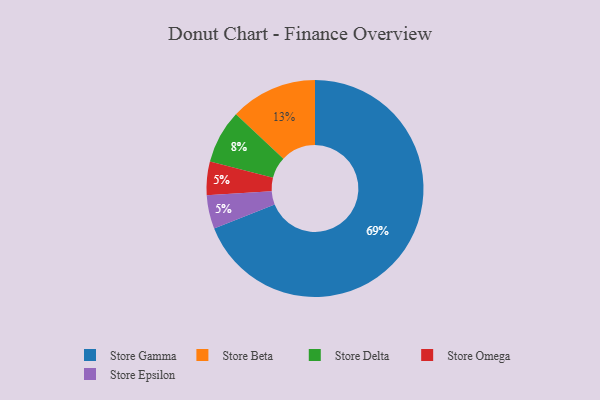
{"axis": {"x": "Category", "y": "Percentage"}, "legend": ["Store Beta", "Store Delta", "Store Epsilon", "Store Gamma", "Store Omega"], "data": [{"x": "Store Delta", "y": 8, "type": "Store Delta"}, {"x": "Store Gamma", "y": 69, "type": "Store Gamma"}, {"x": "Store Omega", "y": 5, "type": "Store Omega"}, {"x": "Store Beta", "y": 13, "type": "Store Beta"}, {"x": "Store Epsilon", "y": 5, "type": "Store Epsilon"}]}